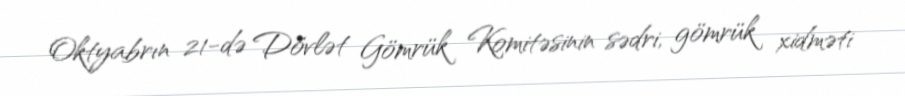
Oktyabrın 21-də Dövlət Gömrük Komitəsinin sədri, gömrük xidməti